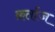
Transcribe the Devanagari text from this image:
क़र्ताज